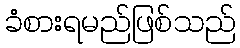
ခံစားရမည်ဖြစ်သည်